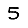
Digit: 5